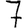
Digit: 7